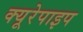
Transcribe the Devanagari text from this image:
क्यूरेपाइप